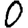
Digit: 0